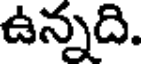
ఉన్నది.